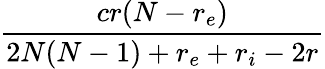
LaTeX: \frac{cr(N-r_{e})}{2N(N-1)+r_{e}+r_{i}-2r}